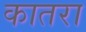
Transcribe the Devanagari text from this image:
कातरा